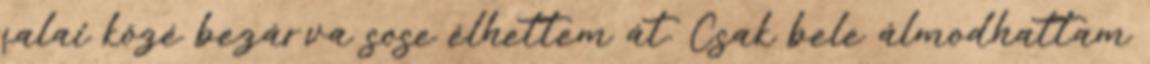
falai közé bezárva sose élhettem át. Csak bele álmodhattam